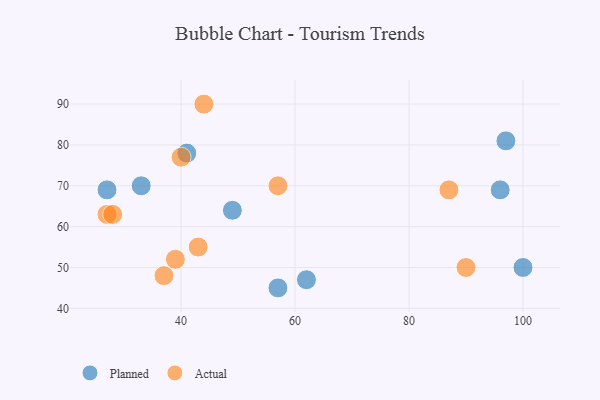
{"axis": {"x": "GDP", "y": "Life Expectancy"}, "legend": ["Actual", "Planned"], "data": [{"x": "100", "y": 50, "type": "Planned"}, {"x": "62", "y": 47, "type": "Planned"}, {"x": "97", "y": 81, "type": "Planned"}, {"x": "49", "y": 64, "type": "Planned"}, {"x": "57", "y": 45, "type": "Planned"}, {"x": "27", "y": 69, "type": "Planned"}, {"x": "33", "y": 70, "type": "Planned"}, {"x": "41", "y": 78, "type": "Planned"}, {"x": "96", "y": 69, "type": "Planned"}, {"x": "57", "y": 70, "type": "Actual"}, {"x": "44", "y": 90, "type": "Actual"}, {"x": "43", "y": 55, "type": "Actual"}, {"x": "37", "y": 48, "type": "Actual"}, {"x": "27", "y": 63, "type": "Actual"}, {"x": "28", "y": 63, "type": "Actual"}, {"x": "87", "y": 69, "type": "Actual"}, {"x": "39", "y": 52, "type": "Actual"}, {"x": "90", "y": 50, "type": "Actual"}, {"x": "40", "y": 77, "type": "Actual"}]}